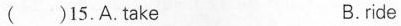
( )15.A. take B.ride